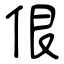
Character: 佷